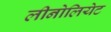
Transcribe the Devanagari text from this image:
लीनोलियेट